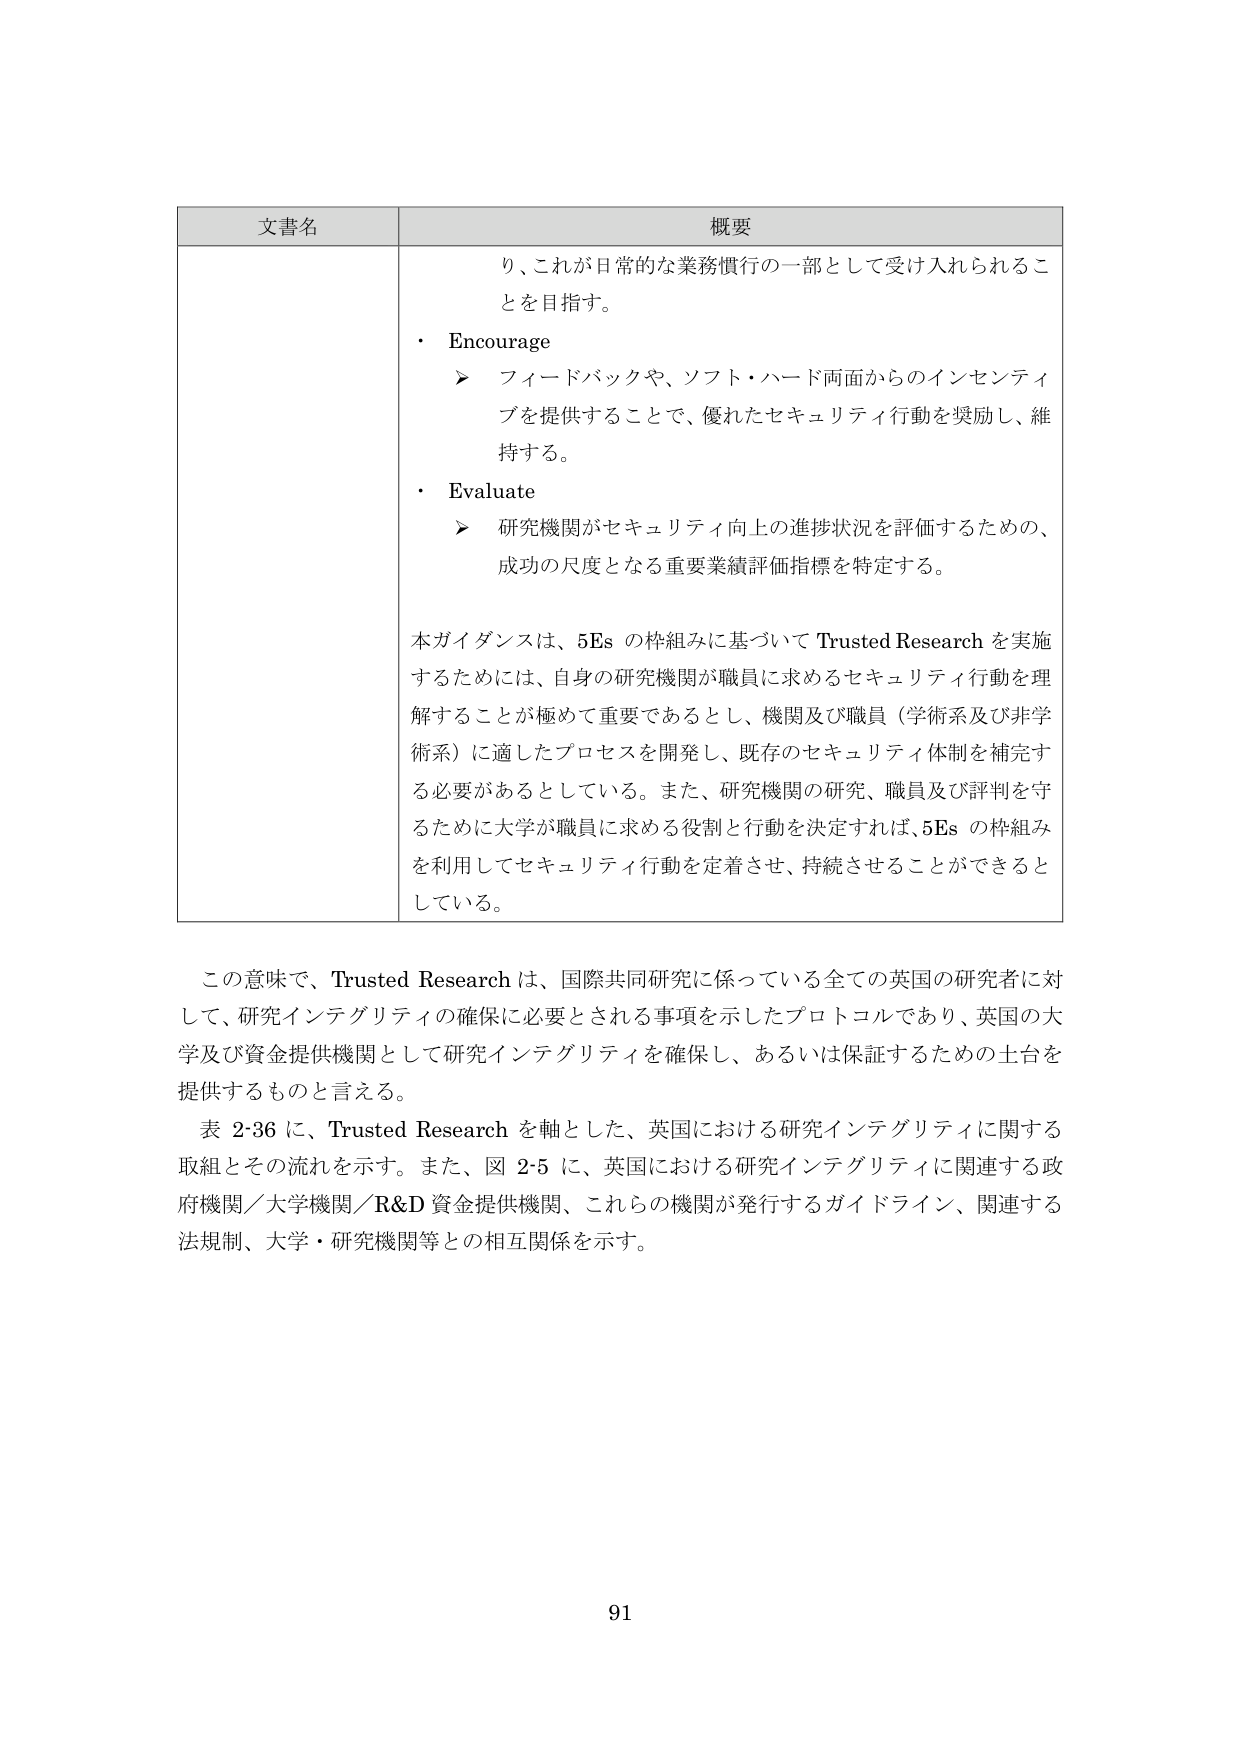
文書名 概要
り、これが日常的な業務慣行の一部として受け入れられるこ
とを目指す。
・ Encourage
➤ フィードバックや、ソフト・ハード両面からのインセンティ
ブを提供することで、優れたセキュリティ行動を奨励し、維
持する。
・ Evaluate
➤ 研究機関がセキュリティ向上の進捗状況を評価するための、
成功の尺度となる重要業績評価指標を特定する。
本ガイダンスは、5Es の枠組みに基づいて Trusted Research を実施
するためには、自身の研究機関が職員に求めるセキュリティ行動を理
解することが極めて重要であるとし、機関及び職員（学術系及び非学
術系）に適したプロセスを開発し、既存のセキュリティ体制を補完す
る必要があるとしている。また、研究機関の研究、職員及び評判を守
るために大学が職員に求める役割と行動を決定すれば、5Es の枠組み
を利用してセキュリティ行動を定着させ、持続させることができると
している。
この意味で、Trusted Research は、国際共同研究に係っている全ての英国の研究者に対
して、研究インテグリティの確保に必要とされる事項を示したプロトコルであり、英国の大
学及び資金提供機関として研究インテグリティを確保し、あるいは保証するための土台を
提供するものと言える。
表 2-36 に、Trusted Research を軸とした、英国における研究インテグリティに関する
取組とその流れを示す。また、図 2-5 に、英国における研究インテグリティに関連する政
府機関／大学機関／R&D 資金提供機関、これらの機関が発行するガイドライン、関連する
法規制、大学・研究機関等との相互関係を示す。
91